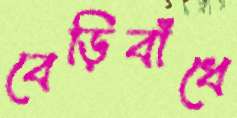
বেড়িবাঁধে